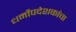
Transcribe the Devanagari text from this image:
धर्मोपदेशकांचा